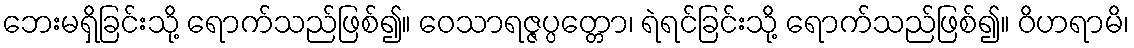
ဘေးမရှိခြင်းသို့ ရောက်သည်ဖြစ်၍။ ဝေသာရဇ္ဇပ္ပတ္တော၊ ရဲရင်ခြင်းသို့ ရောက်သည်ဖြစ်၍။ ဝိဟရာမိ၊